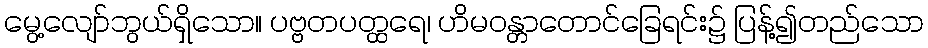
မွေ့လျော်ဘွယ်ရှိသော။ ပဗ္ဗတပတ္ထရေ၊ ဟိမဝန္တာတောင်ခြေရင်း၌ ပြန့်၍တည်သော